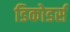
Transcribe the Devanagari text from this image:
डिकोडर्स